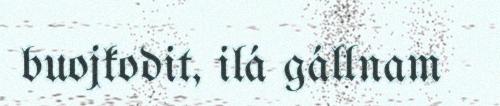
buojkodit, ilá gállnam